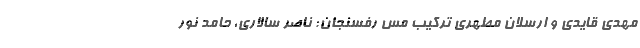
مهدی قایدی و ارسلان مطهری ترکیب مس رفسنجان: ناصر سالاری، حامد نور